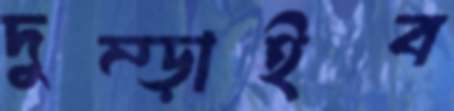
দুম্‌ড়াইব